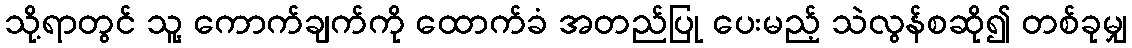
သို့ရာတွင် သူ့ ကောက်ချက်ကို ထောက်ခံ အတည်ပြု ပေးမည့် သဲလွန်စဆို၍ တစ်ခုမျှ